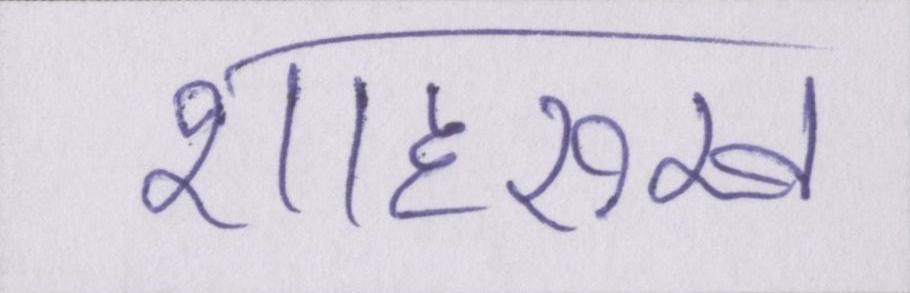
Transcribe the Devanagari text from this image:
शाहरुख